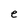
Character: e